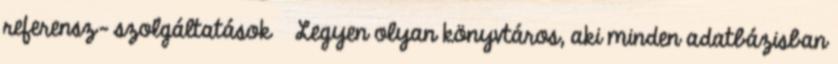
referensz- szolgáltatások  Legyen olyan könyvtáros, aki minden adatbázisban